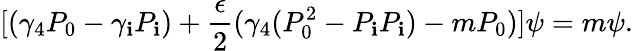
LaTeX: [(\gamma_{4}P_{0}-\gamma_{\mathbf{i}}P_{\mathbf{i}})+\frac{{\epsilon}}{{2}}(\gamma_{4}(P_{0}^{2}-P_{\mathbf{i}}P_{\mathbf{i}})-mP_{0})]\psi=m\psi.